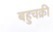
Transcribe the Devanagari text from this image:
बहुचक्री